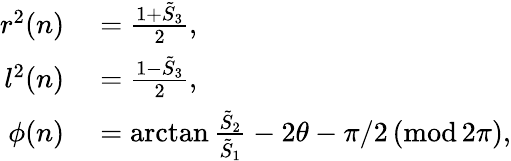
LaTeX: \begin{array}{rl}{r^{2}(n)}&{{}=\frac{1+\tilde{S}_{3}}{2},}\\ {l^{2}(n)}&{{}=\frac{1-\tilde{S}_{3}}{2},}\\ {\phi(n)}&{{}=\arctan\frac{\tilde{S}_{2}}{\tilde{S}_{1}}-2\theta-\pi/2\, (\mathrm{mod}\, 2\pi),}\end{array}